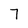
Character: 7